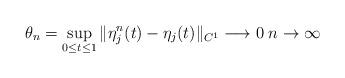
LaTeX: \begin{align*} \theta_n = \sup_{0\leq t \leq 1} \| \eta_j^n(t) - \eta_j(t) \|_{C^1} \longrightarrow 0 \; n \to \infty \end{align*}